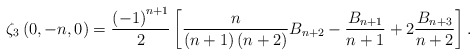
\begin{align*}\zeta_{3}\left(0,-n,0\right)=\frac{\left(-1\right)^{n+1}}{2}\left[\frac{n}{\left(n+1\right)\left(n+2\right)}B_{n+2}-\frac{B_{n+1}}{n+1}+2\frac{B_{n+3}}{n+2}\right].\end{align*}